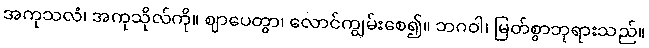
အကုသလံ၊ အကုသိုလ်ကို။ ဈာပေတွာ၊ လောင်ကျွမ်းစေ၍။ ဘဂဝါ၊ မြတ်စွာဘုရားသည်။